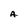
Character: A